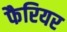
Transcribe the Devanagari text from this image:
फैरियर